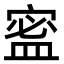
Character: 䀄